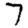
Digit: 7